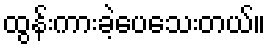
ထွန်းကားခဲ့ပေသေးတယ်။